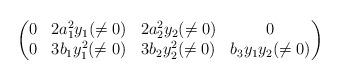
LaTeX: \begin{gather*}\begin{pmatrix}0 & 2a_1^2y_1(\neq 0) & 2a_2^2y_2(\neq 0) & 0 \\0& 3b_1y_1^2(\neq 0)& 3b_2y_2^2(\neq 0) & b_3y_1y_2(\neq0)\end{pmatrix}\end{gather*}